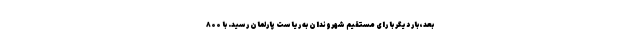
بعد، بار دیگر با رای مستقیم شهروندان به ریاست پارلمان رسید. با ۸۰۰